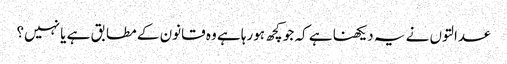
عدالتوں نے یہ دیکھنا ہے کہ جو کچھ ہورہا ہے وہ قانون کے مطابق ہے یا نہیں؟